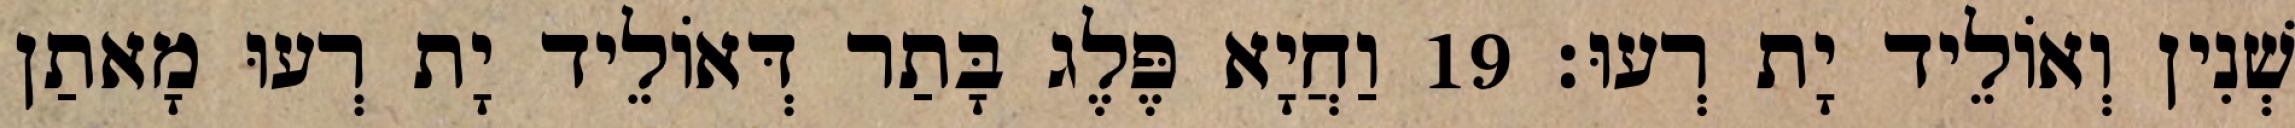
שְׁנִין וְאוֹלֵיד יָת רְעוּ׃ 19 וַחֲיָא פֶּלֶג בָּתַר דְּאוֹלֵיד יָת רְעוּ מָאתַן